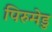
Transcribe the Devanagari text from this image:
पिरुमेडु